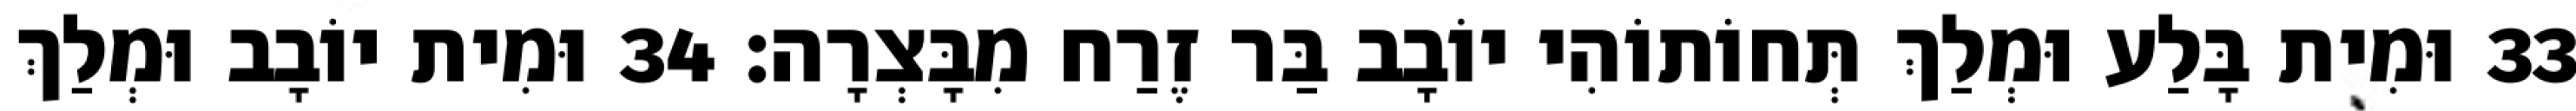
33 וּמִית בָּלַע וּמְלַךְ תְּחוֹתוֹהִי יוֹבָב בַּר זֶרַח מִבָּצְרָה׃ 34 וּמִית יוֹבָב וּמְלַךְ